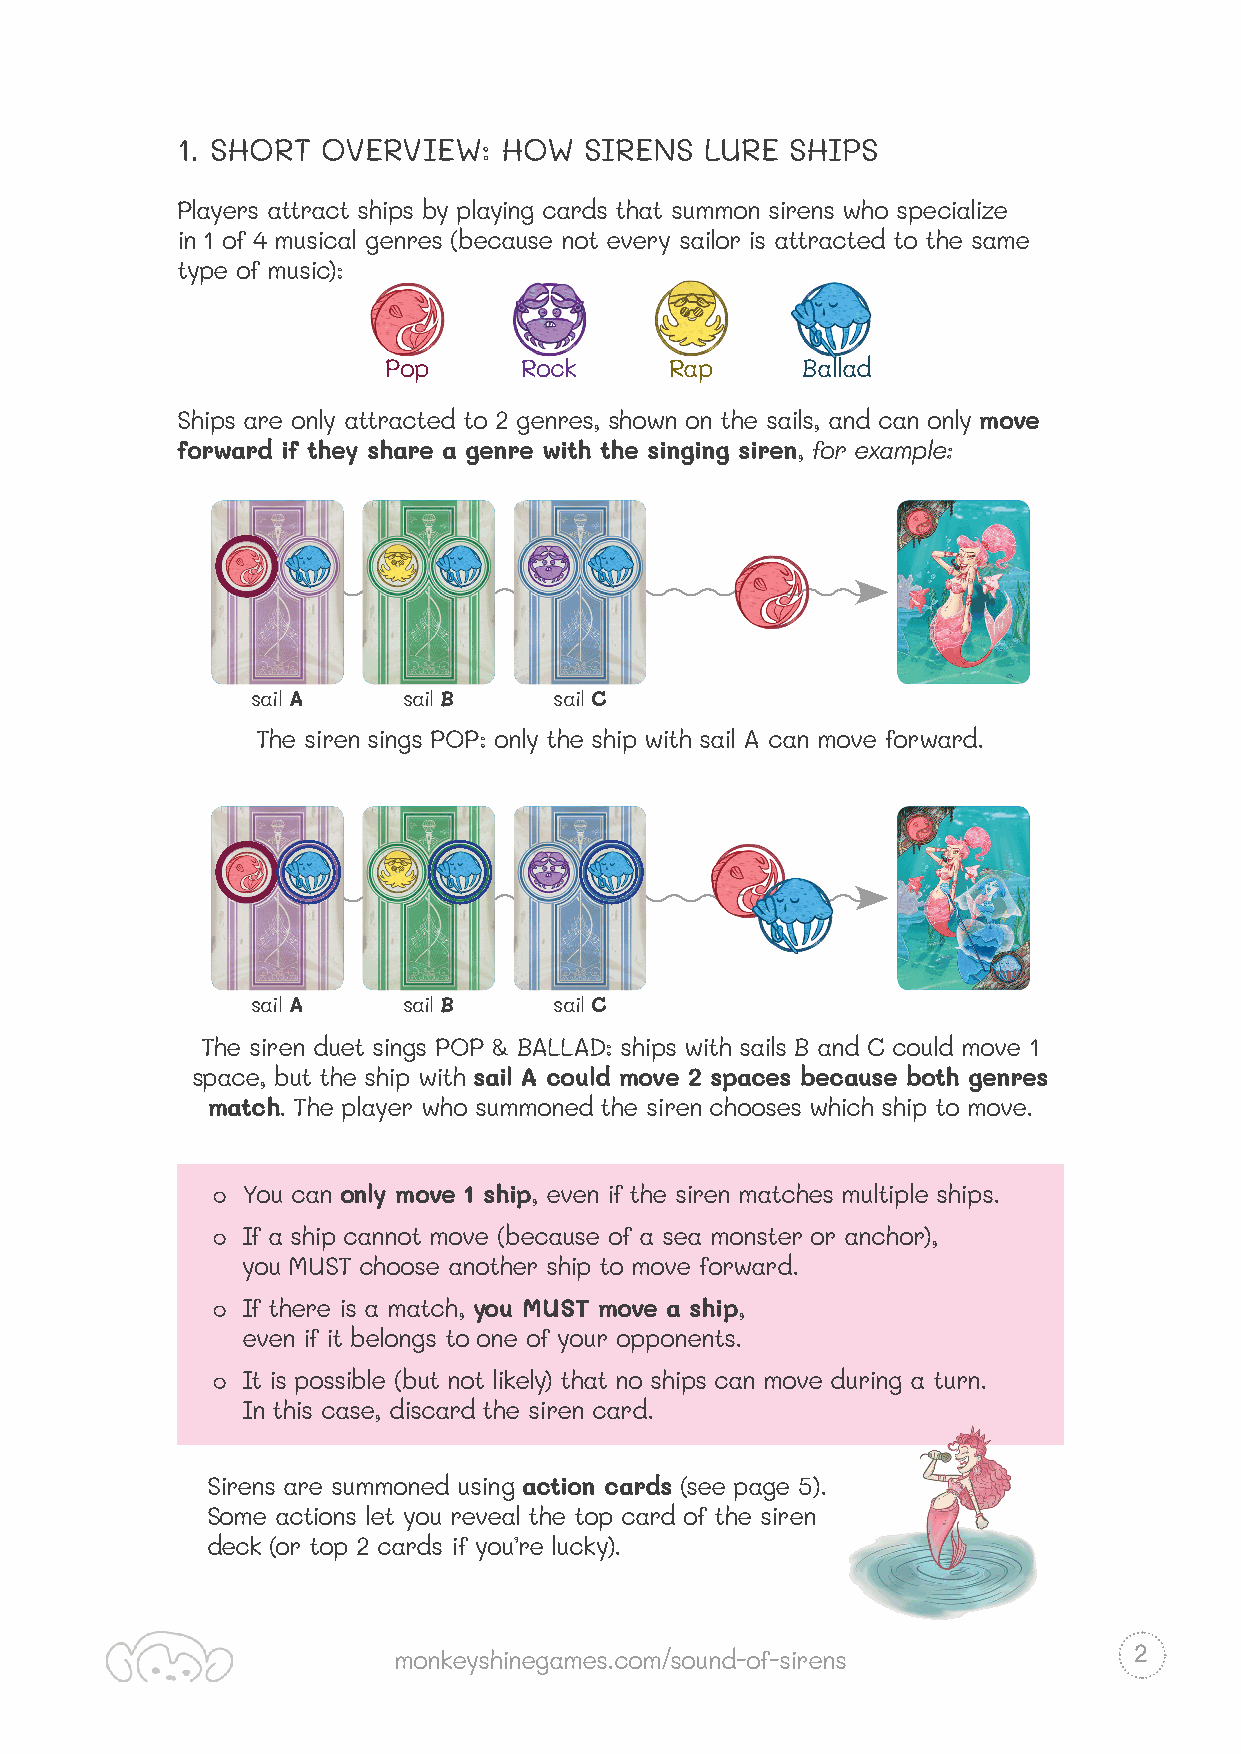
1. SHORT OVERVIEW:   HOW   SIRENS  LURE SHIPS
 Players attract ships by playing cards that summon sirens who specialize
 in 1 of 4 musical genres (because not every sailor is attracted to the same
 type of music):
 Pop      Rock     Rap      Ballad
 Ships are only attracted to 2 genres, shown on the sails, and can only move
 forward if they share a genre with the singing siren, for example:
 sail A    sail B    sail C
 The siren sings POP: only the ship with sail A can move forward.
 sail A    sail B    sail C
 The siren duet sings POP & BALLAD: ships with sails B and C could move 1
 space, but the ship with sail A could move 2 spaces because both genres
 match. The player who summoned the siren chooses which ship to move.
 ๐ You can only move 1 ship, even if the siren matches multiple ships.
 ๐ If a ship cannot move (because of a sea monster or anchor),
 you MUST choose another ship to move forward.
 ๐ If there is a match, you MUST move a ship,
 even if it belongs to one of your opponents.
 ๐ It is possible (but not likely) that no ships can move during a turn.
 In this case, discard the siren card.
 Sirens are summoned using action cards (see page 5).
 Some actions let you reveal the top card of the siren
 deck (or top 2 cards if you’re lucky).
 2
 monkeyshinegames.com/sound-of-sirens